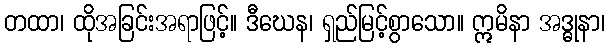
တထာ၊ ထိုအခြင်းအရာဖြင့်။ ဒီဃေန၊ ရှည်မြင့်စွာသော။ ဣမိနာ အဒ္ဓုနာ၊